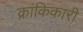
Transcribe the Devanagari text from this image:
क्रांकिकारी